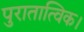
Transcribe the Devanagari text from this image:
पुरातात्विक।